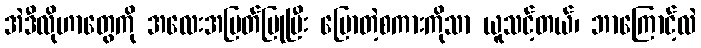
အဲဒီလိုဟာတွေကို အလေးအမြတ်ပြုပြီး ပြောတဲ့စကားကိုသာ ယူသင့်တယ်၊ ဘာကြောင့်လဲ